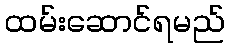
ထမ်းဆောင်ရမည်